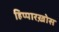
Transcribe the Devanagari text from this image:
हिप्पारख़ोस